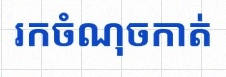
រកចំណុចកាត់